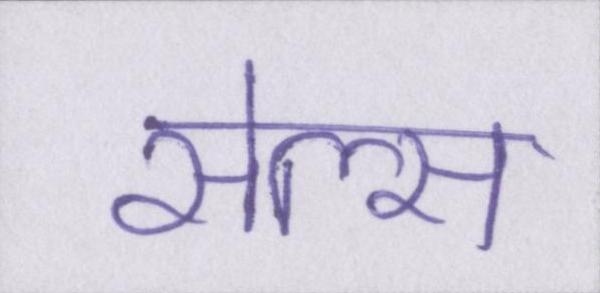
सेल्स